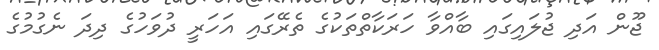
ޖޫން އަދި ޖުލައިގައި ބާއްވާ ހަރަކާތްތަކުގެ ތެރޭގައި އަހަރީ ދުވަހުގެ ދިދަ ނެގުމުގެ